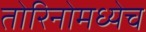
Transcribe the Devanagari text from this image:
तोरिनोमध्येच